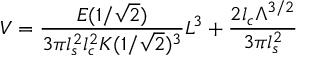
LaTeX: V = \frac { E ( 1 / \sqrt { 2 } ) } { 3 \pi l _ { s } ^ { 2 } l _ { c } ^ { 2 } K ( 1 / \sqrt { 2 } ) ^ { 3 } } L ^ { 3 } + \frac { 2 l _ { c } \Lambda ^ { 3 / 2 } } { 3 \pi l _ { s } ^ { 2 } }